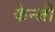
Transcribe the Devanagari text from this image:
केन्जी